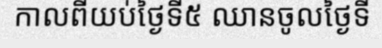
កាលពីយប់ថ្ងៃទី៥ ឈានចូលថ្ងៃទី